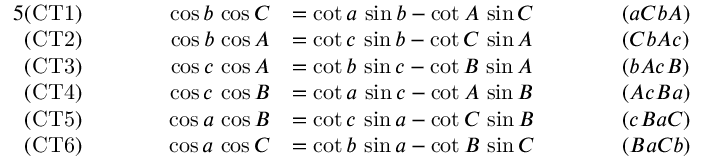
{ \begin{array} { r l r l r l } { { 5 } { \mathrm { ( C T 1 ) } } } & { } & { \qquad \cos b \, \cos C } & { = \cot a \, \sin b - \cot A \, \sin C \qquad } & & { ( a C b A ) } \\ { { \mathrm { ( C T 2 ) } } } & { } & { \cos b \, \cos A } & { = \cot c \, \sin b - \cot C \, \sin A } & & { ( C b A c ) } \\ { { \mathrm { ( C T 3 ) } } } & { } & { \cos c \, \cos A } & { = \cot b \, \sin c - \cot B \, \sin A } & & { ( b A c B ) } \\ { { \mathrm { ( C T 4 ) } } } & { } & { \cos c \, \cos B } & { = \cot a \, \sin c - \cot A \, \sin B } & & { ( A c B a ) } \\ { { \mathrm { ( C T 5 ) } } } & { } & { \cos a \, \cos B } & { = \cot c \, \sin a - \cot C \, \sin B } & & { ( c B a C ) } \\ { { \mathrm { ( C T 6 ) } } } & { } & { \cos a \, \cos C } & { = \cot b \, \sin a - \cot B \, \sin C } & & { ( B a C b ) } \end{array} }